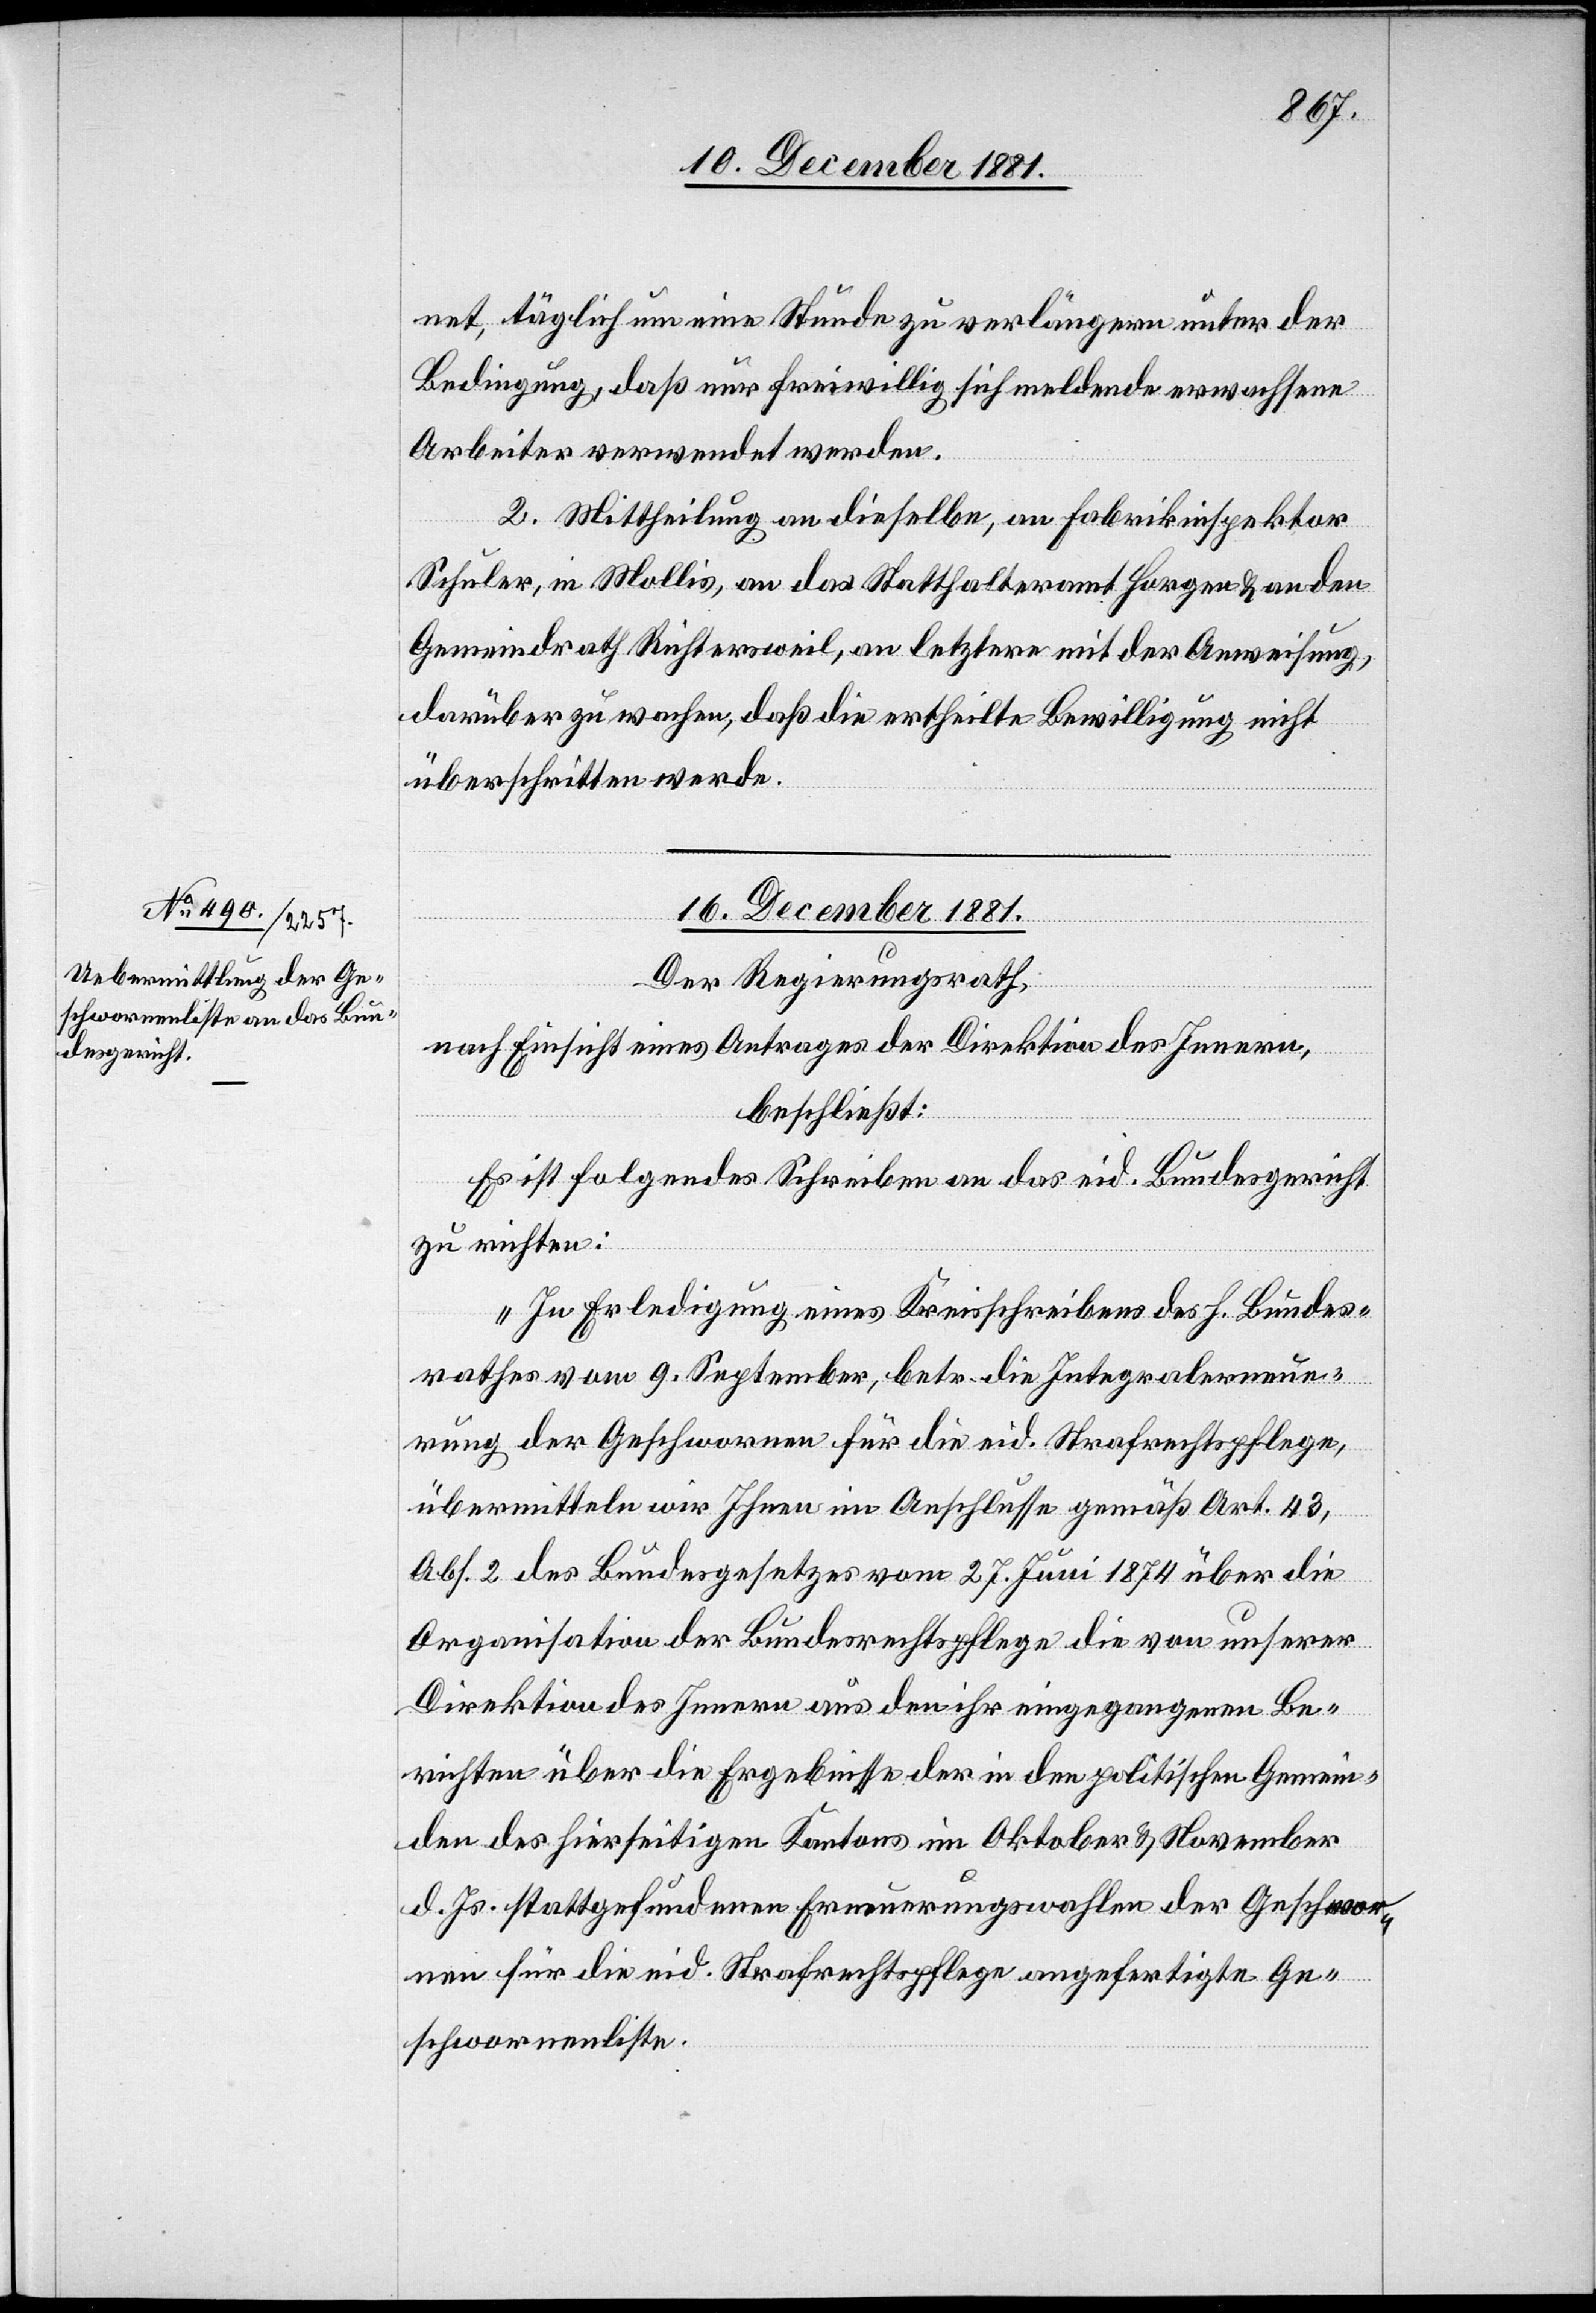
net, täglich um eine Stunde zu verlängern, unter der
Bedingung, daß nur freiwillig sich meldende erwachsene
Arbeiter verwendet werden.
2. Mittheilung an dieselben, an Fabrikinspektor
Schuler, in Mollis, an das Statthalteramt Horgen & an den
Gemeindrath Richtersweil, an letztere mit der Anweisung,
darüber zu wachen, daß die ertheilte Bewilligung nicht
überschritten werde.
16. December 1881.
Der Regierungsrath,
nach Einsicht eines Antrages der Direktion des Innern,
beschließt:
Es ist folgendes Schreiben an das eid. Bundesgericht
zu richten:
„In Erledigung eines Kreisschreibens des h. Bundes¬
rathes vom 9. September, betr. die Integralerneue¬
rung der Geschwornen für die eid. Strafrechtspflege,
übermitteln wir Ihnen im Anschlusse gemäß Art. 43,
Abs. 2 des Bundesgesetzes vom 27. Juni 1874 über die
Organisation der Bundesrechtspflege die von unserer
Direktion des Innern aus den ihr eingegangenen Be¬
richten über die Ergebnisse der in den politischen Gemein¬
den des hierseitigen Kantons im Oktober & November
d. Js. stattgefundenen Erneuerungswahlen der Geschwor¬
nen für die eid. Strafrechtspflege angefertigte Ge¬
schwornenliste.